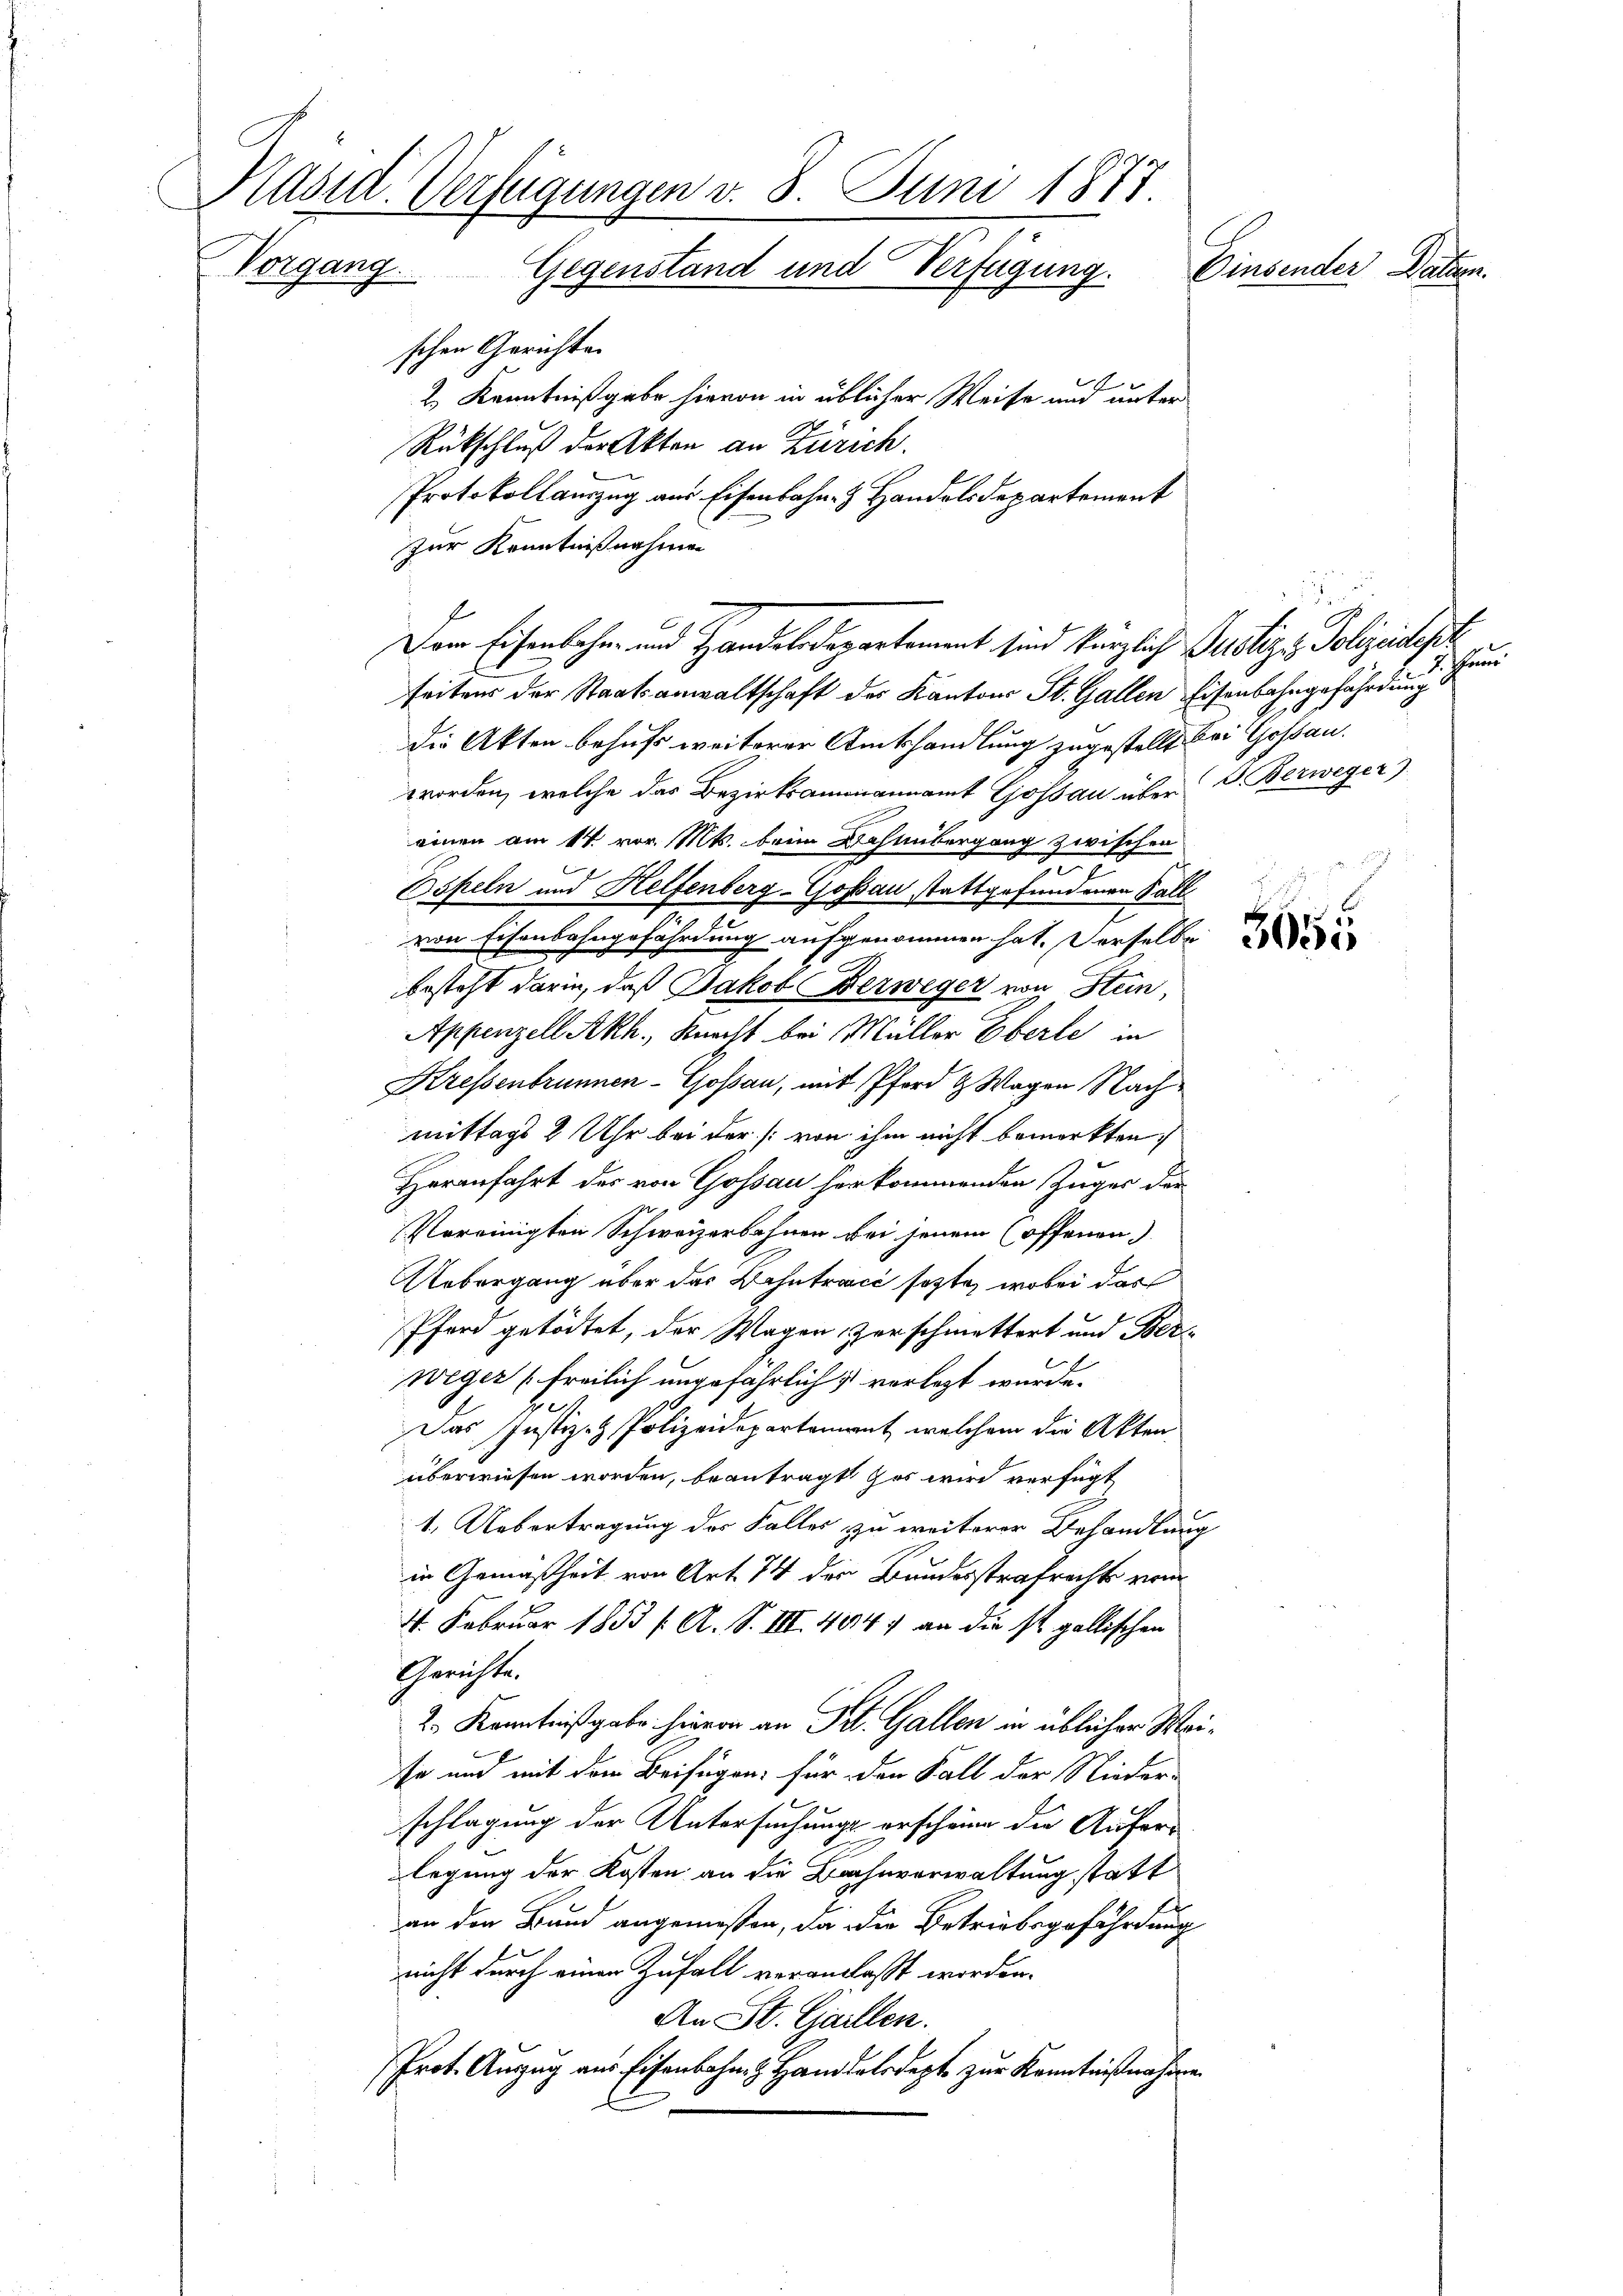
Käsid. Verfügungen v. 8. Juni 1877
Vorgang.
Einsender Datten.
Gegenstand und Verfügung.

schen Gerichten
2. Kenntnißgabe hievon in üblicher Weise und unter
Rückschluß der Akten an Zürich.
Protokollauszug aus Eisenbahn- & Handelsdepartement
zur Kenntnißnahmen
Der Eisenbahn- und Handelsdepartement sind kürzlich Justiz - Polizeichste
seitens der Staatsanwaltschaft des Kantons St. Gallen Eisenbahngefährdung
die Akten behufs weiterer Amtshandlung zugestellt bei Gossau.
worden, welche das Bezirksammannamt Gossau über V. Berweger
einen am 14. vor. Mts. beim Wahlbergang zwischen
Ospeln und Helfenberg-Goßau stattgefundenen Sall
von Eisenbahngefährdung aufgenommen hat, derselbe
besteht darin, daß Jakob Verweger von Stein,
Appenzell Akh., Knecht bei Müller Eberle in
Kressenbrunnen-Gossau, mit Pferd & Wagen Nachmittags 2 Uhr bei der von ihm nicht bemerkten.
Heranfahrt des von Gossau herkommenden Zuger der
Vereinigten Schweizerbahnen bei jenem offenen
Uebergang über der Bahntract sezte, wobei das
Pfarr getödtet, der Wagen, zerschmettert und Ber¬
Weger (freilich ungefährlich verlegt wurde.
Das Justiz- & Polizeidepartement, welchem die Akten
überwiesen worden, beantragt es wird verfügt
1. Uebertragung des Falles zu weiterer Behandlung
in Gemäßheit von Art. 74 der Bundesstrafrechts vom
4. Februar 1853 f. A. S. III 494. an die st. gallischen
Gerichte.
2. Kenntnißgabe hievon an Tit. Gallen in üblicher Weise und mit dem Beifügen: für den Fall der Nieder-
schlagung der Untersuchungs erscheine die Auferlegung der Kosten an die Bahnverwaltung statt
an den Bund angemessen, da die Betriebsgefährdung
nicht durch einer Zufall veranlaßt worden.
An St. Gaillen.
Prot. Auszug aus Eisenbahn & Handelsdept zur Kenntnißnahmen

poner

a